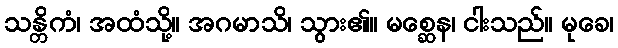
သန္တိကံ၊ အထံသို့။ အဂမာသိ၊ သွား၏။ မစ္ဆေန၊ ငါးသည်။ မုခေ၊